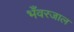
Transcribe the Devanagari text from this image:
भँवरजाल